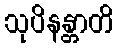
သုပိနန္တာတိ